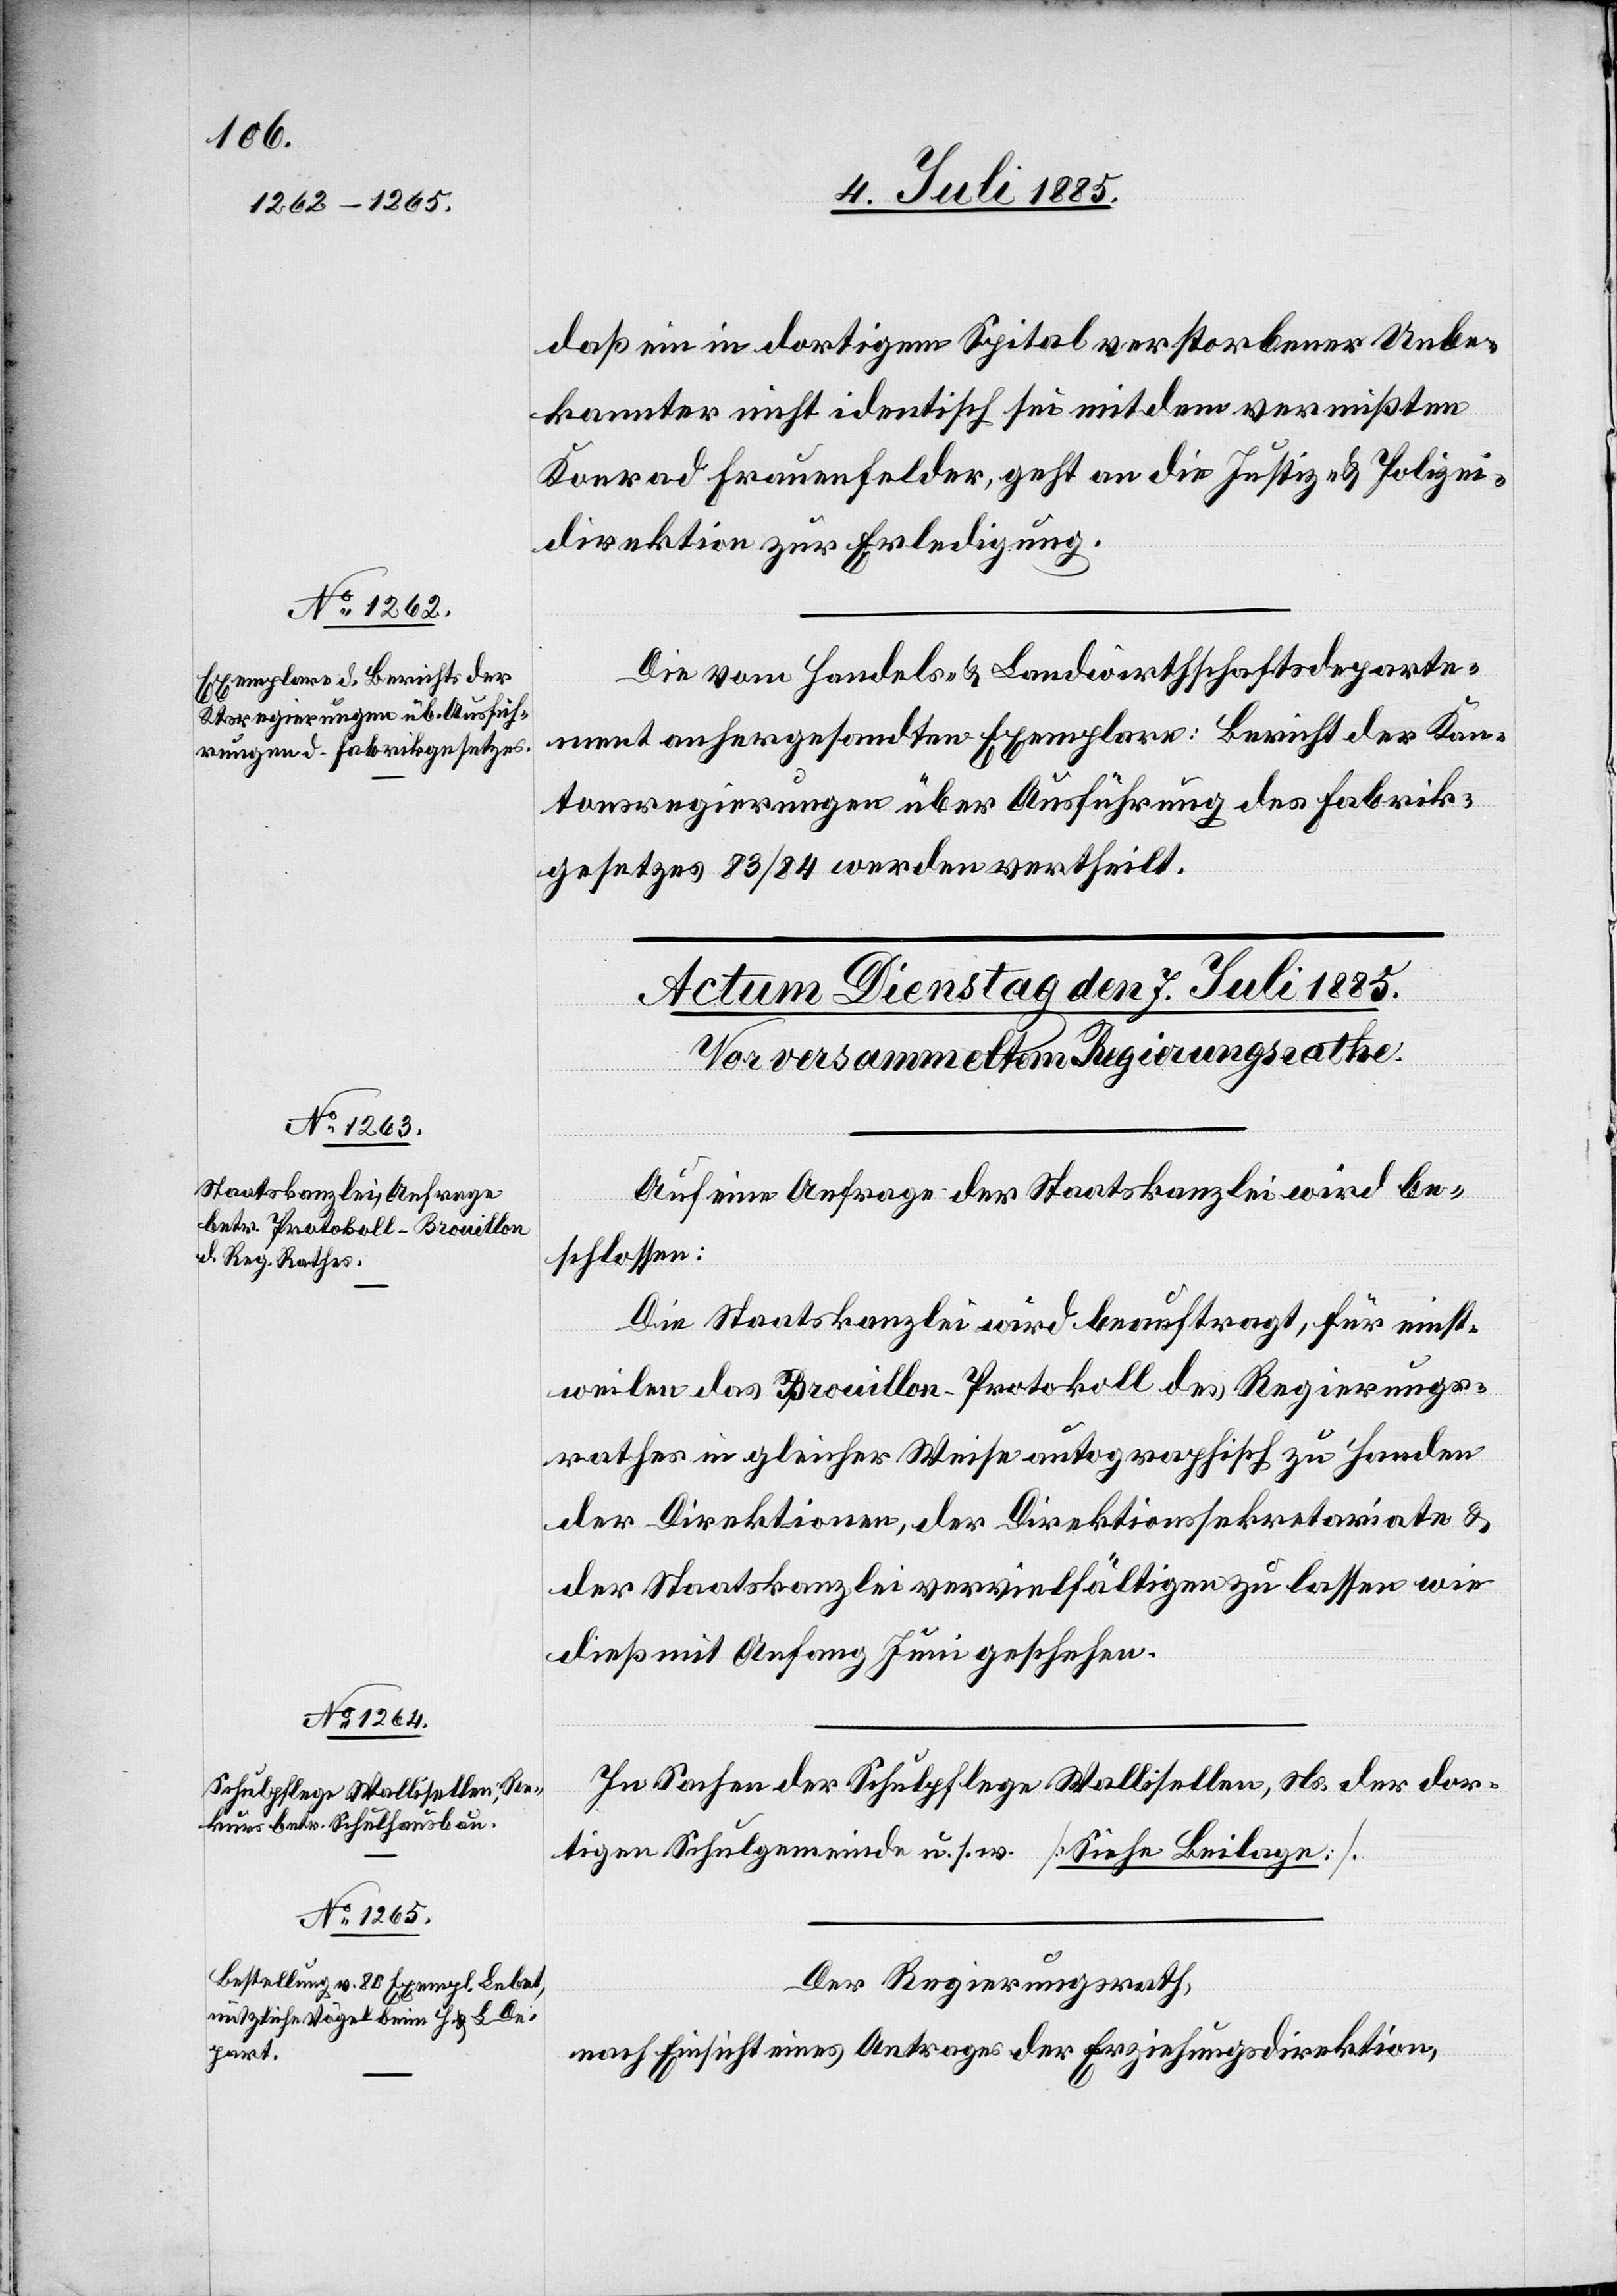
daß ein in dortigem Spital verstorbener Unbe¬
kannter nicht identisch sei mit dem vermißten
Konrad Frauenfelder, geht an die Justiz- & Polizei¬
direktion zur Erledigung.
Die vom Handels- & Landwirthschaftsdeparte¬
ment anhergesandten Exemplare: Bericht der Kan¬
tonsregierungen über Ausführung des Fabrik¬
gesetzes 83/84 werden vertheilt.
Auf eine Anfrage der Staatskanzlei wird be¬
schlossen:
Die Staatskanzlei wird beauftragt, für einst¬
weilen das Brouillon-Protokoll des Regierungs¬
rathes in gleicher Weise autographisch zu Handen
der Direktionen, der Direktionssekretariate &
der Staatskanzlei vervielfältigen zu lassen wie
dieß mit Anfang Juni geschehen.
Der Regierungsrath,
nach Einsicht eines Antrages der Erziehungsdirektion,